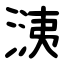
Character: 㴣